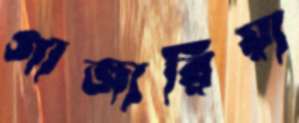
গাজারিয়া